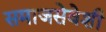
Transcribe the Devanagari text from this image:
समाजसेवेशी